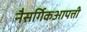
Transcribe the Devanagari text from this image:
नैसर्गिकआपत्ती